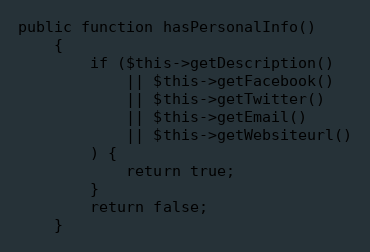
Language: PHP
public function hasPersonalInfo()
    {
        if ($this->getDescription()
            || $this->getFacebook()
            || $this->getTwitter()
            || $this->getEmail()
            || $this->getWebsiteurl()
        ) {
            return true;
        }
        return false;
    }